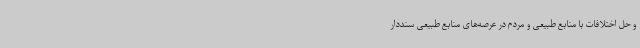
و حل اختلافات با منابع طبیعی و مردم در عرصه‌های منابع طبیعی سنددار